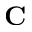
{ \bf C }